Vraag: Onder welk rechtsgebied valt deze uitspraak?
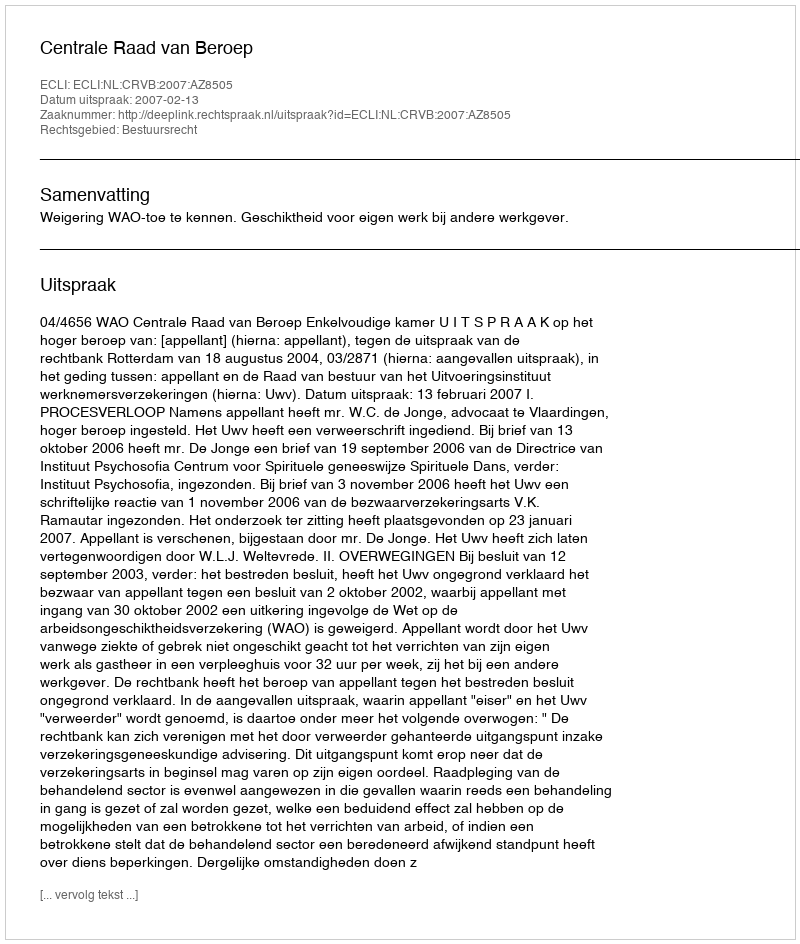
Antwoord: Bestuursrecht